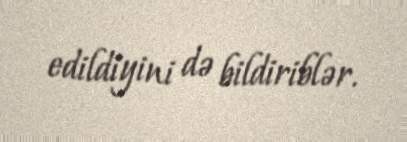
edildiyini də bildiriblər.